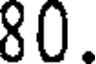
80.